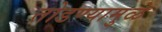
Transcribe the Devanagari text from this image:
तोडण्यामुळे